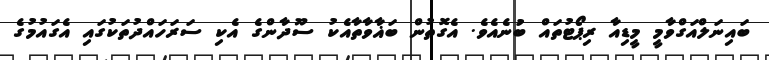
ބައިނަލްއަގްވާމީ މީޑިއާ ރިޕޯޓުތައް ބުނެއެވެ. އެގޮތުން ބަޣާވާތާއެކު ސޫދާންގެ އެކި ސަރަހައްދުތަކުގައި އެގައުމުގެ